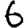
Digit: 6